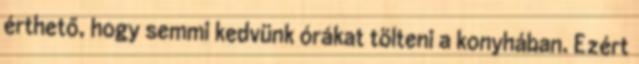
érthető, hogy semmi kedvünk órákat tölteni a konyhában. Ezért